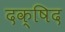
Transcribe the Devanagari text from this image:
दक्षिद